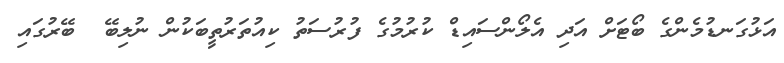
އަޅުގަނޑުމެންގެ ބޯޓަށް އަދި އެލޯންސައިޑް ކުރުމުގެ ފުރުސަތު ކިއުތަރުތީބަކުން ނުލިބޭ  ބޭރުގައި